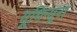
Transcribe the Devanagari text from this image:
यूथिन्यूरा